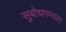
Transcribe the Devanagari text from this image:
सुबोधगम्यता